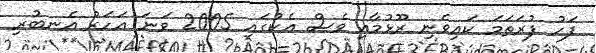
ފަހު ފުރަތަމަ ކައިވެނި ރޫޅުމާއި ވެސް އެކުގައި 2005 ވަނަ އަހަރު އެނބުރި